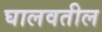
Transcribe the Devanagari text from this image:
घालवतील